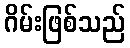
ဂိမ်းဖြစ်သည်